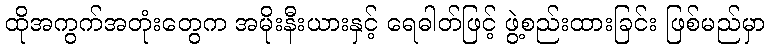
ထိုအကွက်အတုံးတွေက အမိုးနီးယားနှင့် ရေဓါတ်ဖြင့် ဖွဲ့စည်းထားခြင်း ဖြစ်မည်မှာ